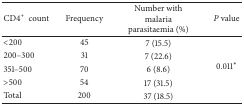
| CD4+ count | Frequency | Number with malaria parasitaemia (%) | P value |
 | --- | --- | --- | --- |
 | <200 | 45 | 7 (15.5) | <ROWSPAN=5> 0.011* |
 | 200–300 | 31 | 7 (22.6) |
 | 351–500 | 70 | 6 (8.6) |
 | >500 | 54 | 17 (31.5) |
 | Total | 200 | 37 (18.5) |